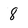
Character: 8